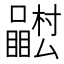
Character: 𭌴